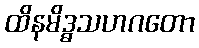
ထိနမိဒ္ဓသဟဂတော